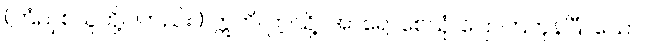
(ကြံညှစ်သူတို့ပါတည်း။) ဣတိ၊ ဤသို့။ အာရောစေသုံ၊ ပြောကြကုန်ပြီ။ သော၊